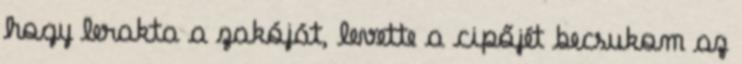
hogy lerakta a zakóját, levette a cipőjét becsukom az